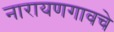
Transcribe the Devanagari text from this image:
नारायणगावचे